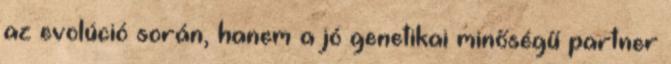
az evolúció során, hanem a jó genetikai minőségű partner